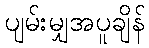
ပျမ်းမျှအပူချိန်